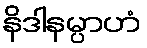
နိဒါနမ္ပာဟံ